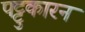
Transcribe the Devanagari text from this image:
पट्टुकारन